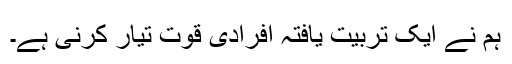
ہم نے ایک تربیت یافتہ افرادی قوت تیار کرنی ہے۔